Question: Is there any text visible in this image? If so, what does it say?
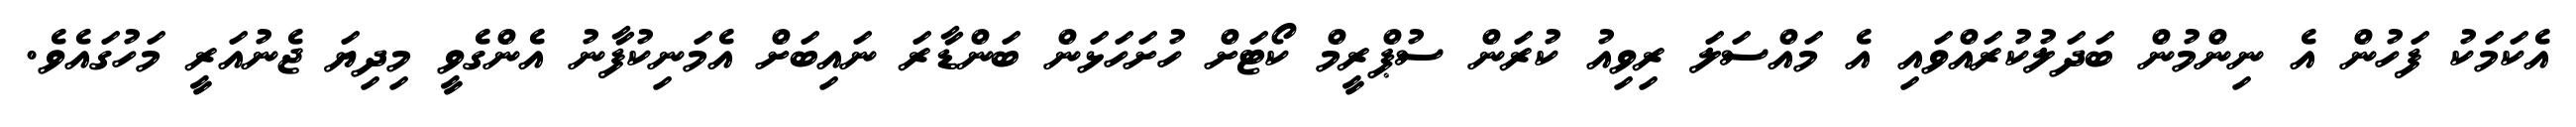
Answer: އެކަމަކު ފަހުން އެ ނިންމުން ބަދަލުކުރައްވައި އެ މައްސަލަ ރިވިއު ކުރަން ސުޕްރީމް ކޯޓަށް ހުށަހަޅަން ބަންޑާރަ ނައިބަށް އެމަނިކުފާނު އެންގެވީ މިދިޔަ ޖެނުއަރީ މަހުގައެވެ.